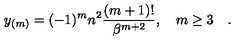
y _ { ( m ) } = ( - 1 ) ^ { m } n ^ { 2 } { \frac { ( m + 1 ) ! } { \beta ^ { m + 2 } } } , \quad m \ge 3 \quad .